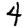
Digit: 4